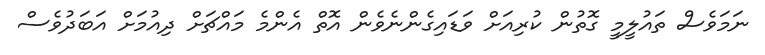
ނަމަވެސް ތައުލީމީ ގޮތުން ކުރިއަށް ވަޑައިގެންނެވެން އޮތް އެންމެ މައްޗަށް ދިއުމަށް އަބަދުވެސް